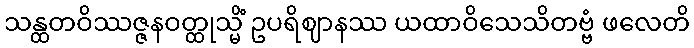
သန္ထတဝိဿဇ္ဇနဝတ္ထုသ္မိံ ဥပရိဈာနဿ ယထာဝိသေသိတဗ္ဗံ ဖလေတိ